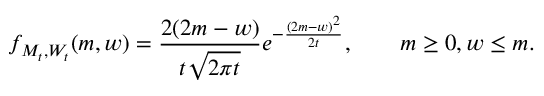
f _ { M _ { t } , W _ { t } } ( m , w ) = { \frac { 2 ( 2 m - w ) } { t { \sqrt { 2 \pi t } } } } e ^ { - { \frac { ( 2 m - w ) ^ { 2 } } { 2 t } } } , \qquad m \geq 0 , w \leq m .